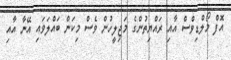
އޮފް މޯލްޑިވްސް އާއި ރައްޔިތުންގެ މަޖިލީހުން ވެސް މިކަން ބައްލަވައި އޭނާ އާއި